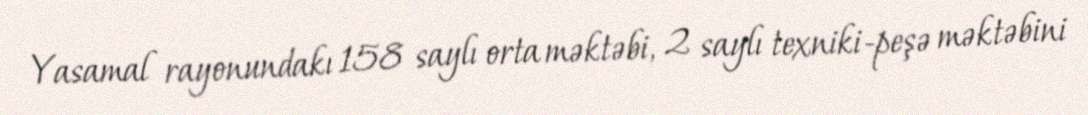
Yasamal rayonundakı 158 saylı orta məktəbi, 2 saylı texniki-peşə məktəbini